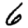
Digit: 6